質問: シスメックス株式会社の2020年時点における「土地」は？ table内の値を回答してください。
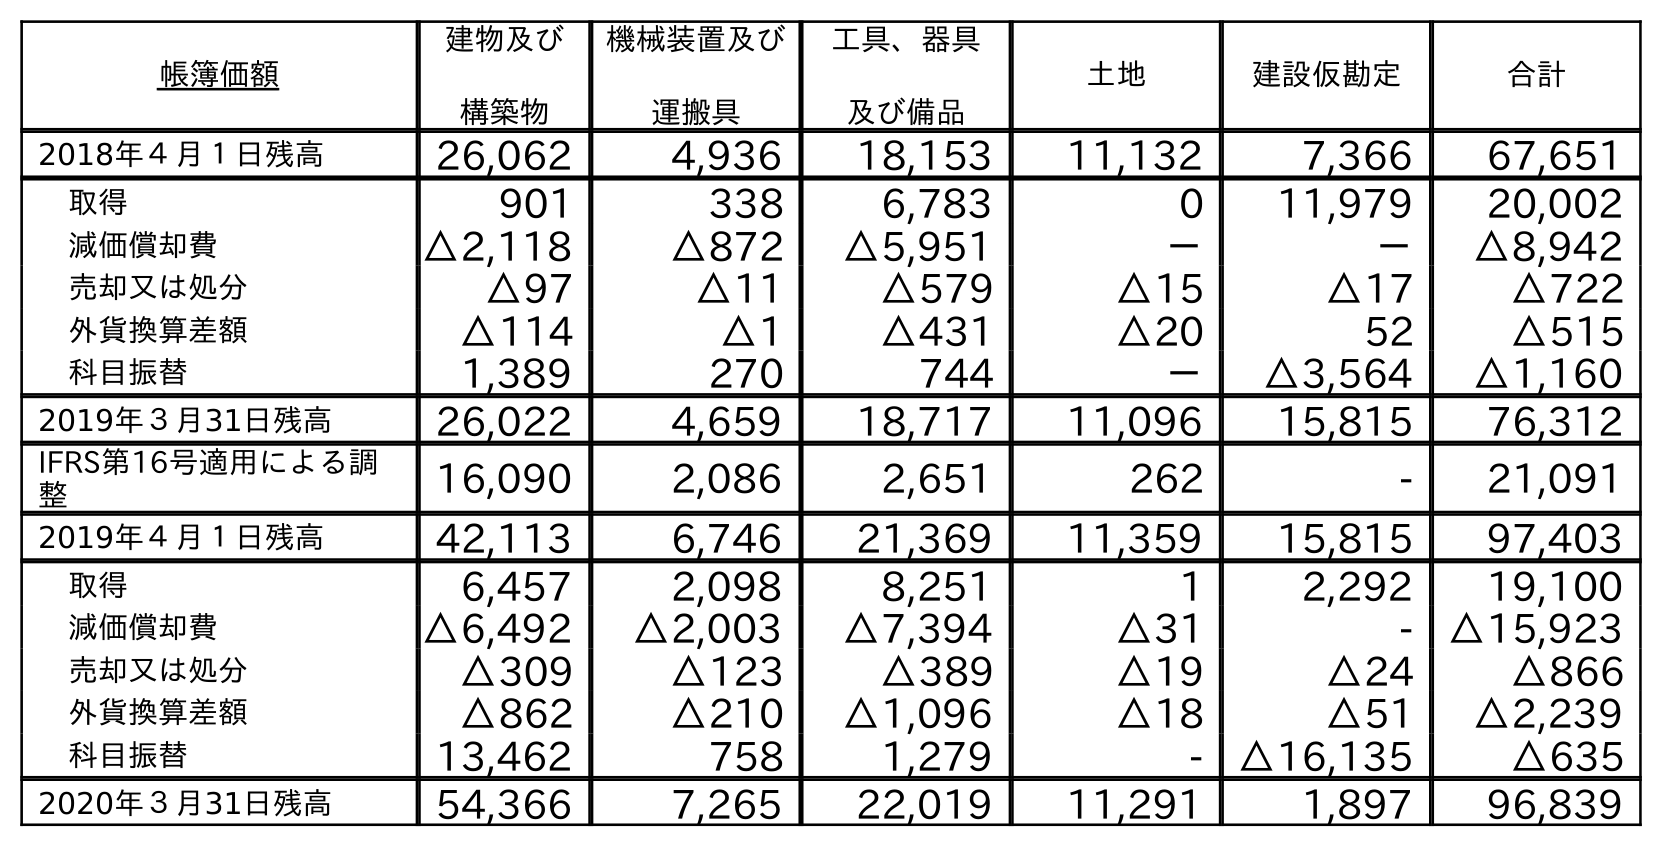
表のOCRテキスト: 帳簿価額 建物及び 構築物 機械装置及び 運搬具 工具、器具 及び備品 土地 建設仮勘定 合計 2018年４月１日残高 26,062 4,936 18,153 11,132 7,366 67,651 取得 901 338 6,783 0 11,979 20,002 減価償却費 △2,118 △872 △5,951 － － △8,942 売却又は処分 △97 △11 △579 △15 △17 △722 外貨換算差額 △114 △1 △431 △20 52 △515 科目振替 1,389 270 744 － △3,564 △1,160 2019年３月31日残高 26,022 4,659 18,717 11,096 15,815 76,312 IFRS第16号適用による調 整 16,090 2,086 2,651 262 - 21,091 2019年４月１日残高 42,113 6,746 21,369 11,359 15,815 97,403 取得 6,457 2,098 8,251 1 2,292 19,100 減価償却費 △6,492 △2,003 △7,394 △31 - △15,923 売却又は処分 △309 △123 △389 △19 △24 △866 外貨換算差額 △862 △210 △1,096 △18 △51 △2,239 科目振替 13,462 758 1,279 - △16,135 △635 2020年３月31日残高 54,366 7,265 22,019 11,291 1,897 96,839
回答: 11,291